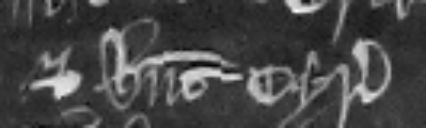
Et habent cyrographum.